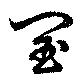
閠